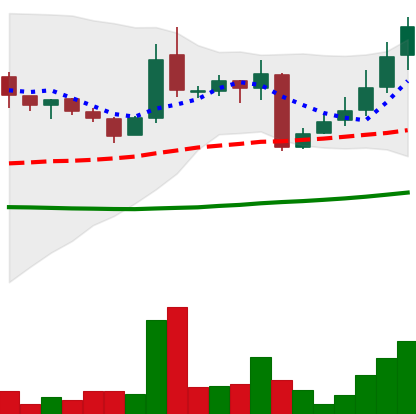
Ticker: LINK-USD
Chart end date: 2018-10-17
Forward return: 3.571%
Label: up_3_5